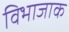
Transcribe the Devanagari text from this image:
विभाजाक